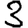
Digit: 3